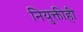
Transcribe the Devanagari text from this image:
नियुक्तीही